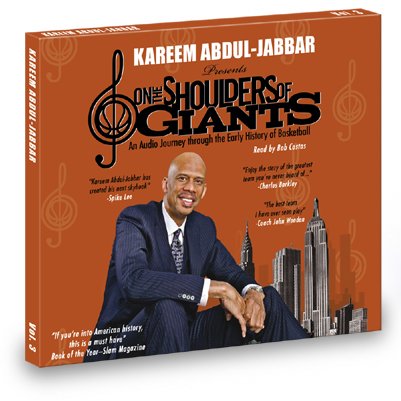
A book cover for On the Shoulders of Giants, Vol. 3: An Audio Journey Through The Early History Of Basketball; Kareem Abdul-Jabbar; Sports & Outdoors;